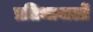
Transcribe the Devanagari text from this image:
प्रतिभावालों